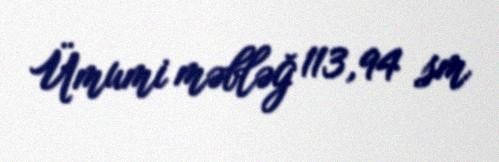
Ümumi məbləğ 113,94 sm